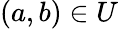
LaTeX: (a,b)\in U